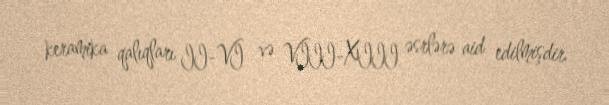
keramika qalıqları II-VI və VIII-XIII əsrlərə aid edilmişdir.